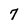
Character: 7